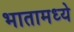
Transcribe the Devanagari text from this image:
भातामध्ये